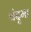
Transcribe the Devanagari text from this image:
चंदृमा